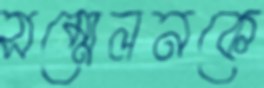
সম্মেলনকে